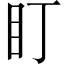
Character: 盯